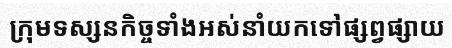
ក្រុមទស្សនកិច្ចទាំងអស់នាំយកទៅផ្សព្វផ្សាយ